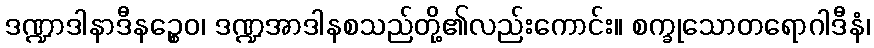
ဒဏ္ဍာဒါနာဒီနဉ္စေဝ၊ ဒဏ္ဍအာဒါနစသည်တို့၏လည်းကောင်း။ စက္ခုသောတရောဂါဒီနံ၊